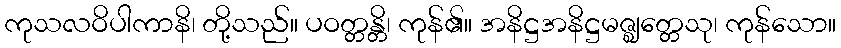
ကုသလဝိပါကာနိ၊ တို့သည်။ ပဝတ္တန္တိ၊ ကုန်၏။ အနိဋ္ဌအနိဋ္ဌမဇ္ဈတ္တေသု၊ ကုန်သော။